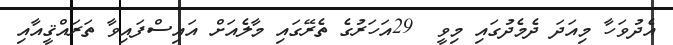
އެދުވަހާ މިއަދަ ދެމެދުގައި މިވީ  29އަހަރުގެ ތެރޭގައި މާލެއަށް އައިސްފައިވާ ތަރައްޤީއާއި